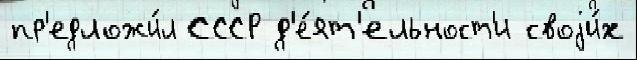
пр'едложи́л СССР д'е́ят'ельност'и своjи́х